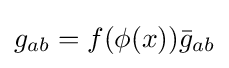
g_{ab}=f(\phi (x)){\bar {g}}_{ab}